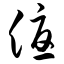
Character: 优